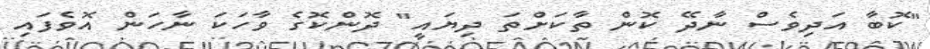
"ކޮބާ އަދިވެސް ނާދޭ ކޮން ތާކަށްތަ ދިޔައީ" ދޮންކޮގެ ވާހަކަ ނާހަން އޮވެފައި